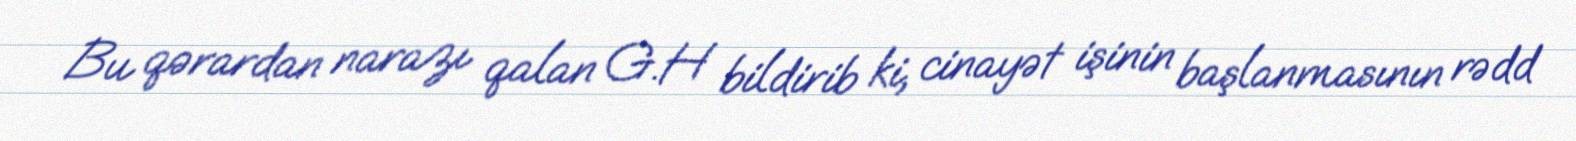
Bu qərardan narazı qalan G.H bildirib ki, cinayət işinin başlanmasının rədd